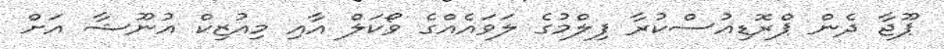
ޕޫޖާ ދެން ޕްރޮޑިއުސްކުރާ ފިލްމުގެ ލަވައެއްގެ ވޯކަލް އާއި މިއުޒިކް އުނޫޝާ އަށް